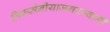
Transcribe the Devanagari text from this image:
तिरूमेनीयाजगरस्वामी